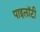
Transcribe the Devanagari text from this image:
पाइलॉटी